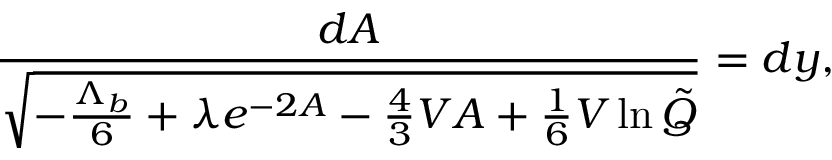
\frac { d A } { \sqrt { - \frac { \Lambda _ { b } } { 6 } + \lambda e ^ { - 2 A } - \frac 4 3 V A + \frac 1 6 V \ln \tilde { Q } } } = d y ,